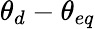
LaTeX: \theta_{d}-\theta_{eq}